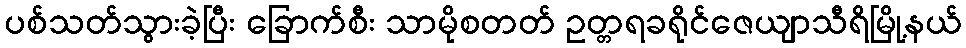
ပစ်သတ်သွားခဲ့ပြီး ခြောက်စီး သာမိုစတတ် ဥတ္တရခရိုင်ဇေယျာသီရိမြို့နယ်